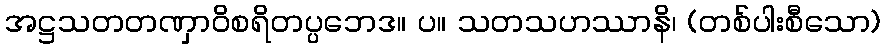
အဋ္ဌသတတဏှာဝိစရိတပ္ပဘေဒ။ ပ။ သတသဟဿာနိ၊ (တစ်ပါးစီသော)